Lock hospitals Punjab
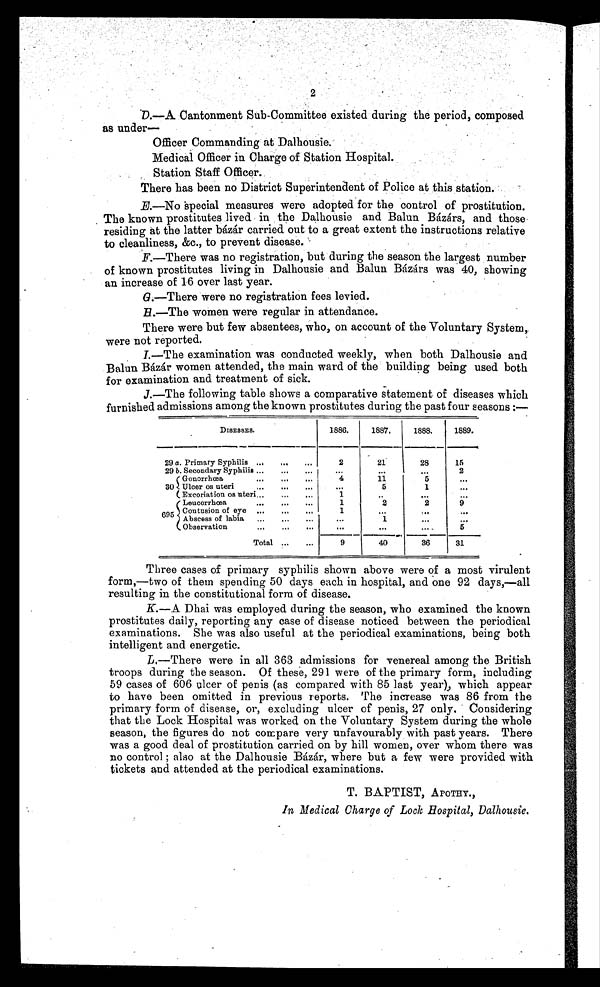
2
D.—A Cantonment Sub-Committee existed during the period, composed
as under
Officer Commanding at Dalhousie.
Medical Officer in Charge of Station Hospital.
Station Staff Officer.
There has been no District Superintendent of Police at this station.
E.—No special measures were adopted for the control of prostitution.
The known prostitutes lived in the Dalhousie and Balun Bàzàrs, and those.
residing at the latter bázár carried out to a great extent the instructions relative
to cleanliness, &c., to prevent disease.
F.—There was no registration, but during the season the largest number
of known prostitutes living in Dalhousie and Balun. Bázárs was 40, showing
an increase of 16 over last year.
G.—There were no registration fees levied.
H. —Th e wo me n we r e r e g u l a r i n a t t e n d a n c e .
There were but few absentees, who, on account of the Voluntary System,.
were not reported.
I.—The examination was conducted weekly, when both Dalhousie and
Balun Bázár women attended, the main ward of the building being used both
for examination and treatment of sick.
J.—The following table shows a comparative statement of diseases which
furnished admissions among the known prostitutes during the past four seasons :—
DISESSES.
1886.
1887.
1888.
1889.
29 a. Primary Syphilis . . . . . . . . .
b. Secondary Syphilis ... ...
( Gonorrhœa
...
Ulcer os uteri
(Excoriation os uteri...
Leucorrhœa
Contusion of eye
Abscess of labia
...
Observation
...
. . .
...
2
2 1
28
15
29
. . .
.....
. . . ...
. . .
2
...
...
4
1 1
5
. . .
30
....
...
. . .
5
1
. . .
. . .
...
1
. . .
. . .
. . .
695
. . .
...
1
2
2
9
..
...
1
. . .
. . .
. . .
....
...
. . .
1
. . .
...
...
. . .
...
5
Total
. . .
...
9
40
36
31
Three cases of primary syphilis shown above were of a most virulent
form,—two of them spending 50 days each in hospital, and one 92 days,—all
resulting in the constitutional form of disease.
Dhai was employed during the season, who examined the known
prostitutes daily, reporting any case of disease noticed between the periodical
examinations. She was also useful at the periodical examinations, being both
intelligent and energetic.
L.—There were in all 363 admissions for venereal among the British
troops during the season. Of these, 291 were of the primary form, including
59 cases of 606 ulcer of penis (as compared with 85 last year), which appear
to have been omitted in previous reports. The increase was 86 from the
primary form of disease, or, excluding ulcer of penis, 27 only. Considering
that the Lock Hospital was worked on the Voluntary System during the whole
season, the figures do not compare very unfavourably with past years. There
was a good deal of prostitution carried on by hill women, over whom there was
no control ; also at the Dalhousie Bàzàr, where but a few were provided with
tickets and attended at the periodical examinations.
T. BAPTIST, APOTHY.,
In Medical Charge of Lock Hospital, Dalhousie.